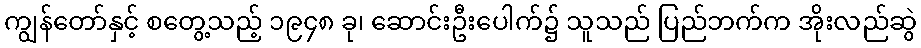
ကျွန်တော်နှင့် စတွေ့သည့် ၁၉၄၈ ခု၊ ဆောင်းဦးပေါက်၌ သူသည် ပြည်ဘက်က အိုးလည်ဆွဲ